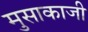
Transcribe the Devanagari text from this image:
मुसाकाजी